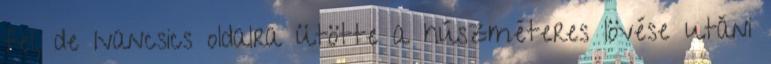
fel, de Ivancsics oldalra ütötte a húszméteres lövése utáni